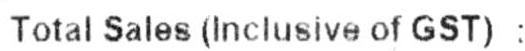
TOTAL SALES (INCLUSIVE OF GST) :